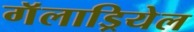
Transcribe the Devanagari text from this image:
गॅलाड्रियेल